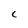
Character: C